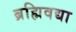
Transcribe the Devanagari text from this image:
ब्रह्मिवद्या